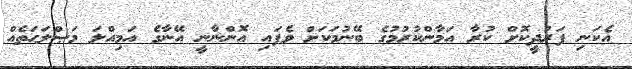
އެކަނި ފަރުދީކޮށް ކުރާ އަމާންކުރުމުގެ ބޭނުމަކަށް ވެފައި އޮންނާނީ އޭނާގެ އަމިއްލަ މަޞްލަޙަތެއް